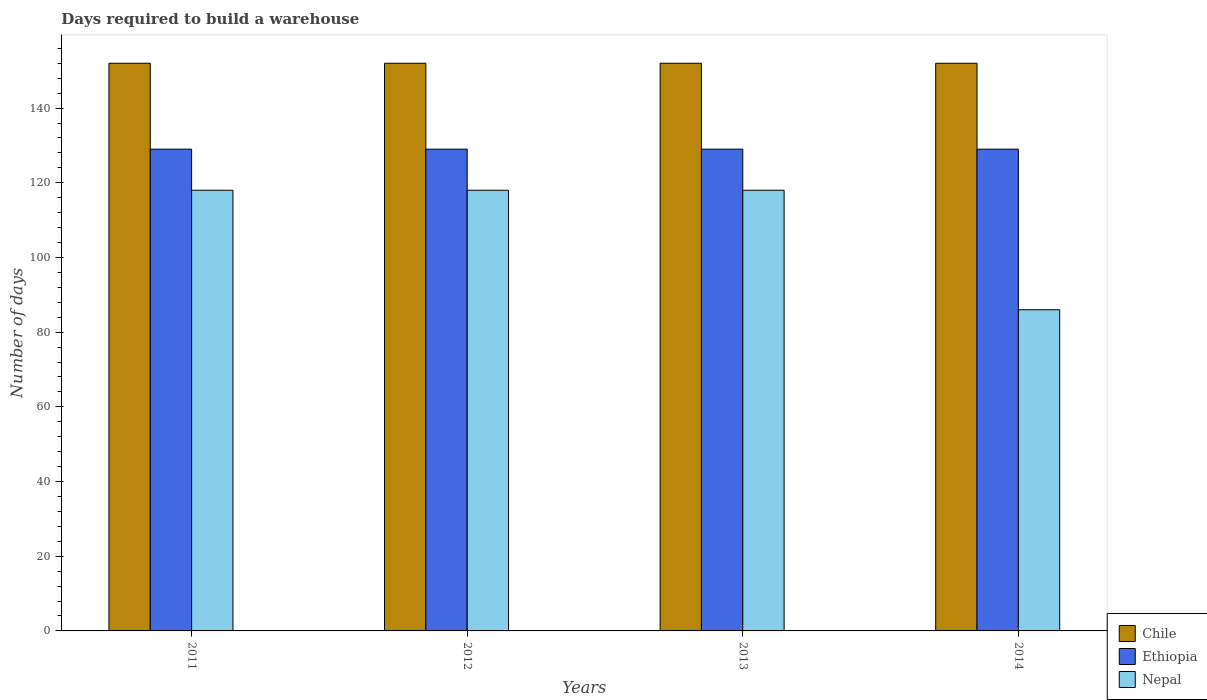
| Years | Chile | Ethiopia | Nepal |
 | --- | --- | --- | --- |
 | 2011 | 152 | 129 | 118 |
 | 2012 | 152 | 129 | 118 |
 | 2013 | 152 | 129 | 118 |
 | 2014 | 152 | 129 | 86 |